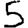
Digit: 5